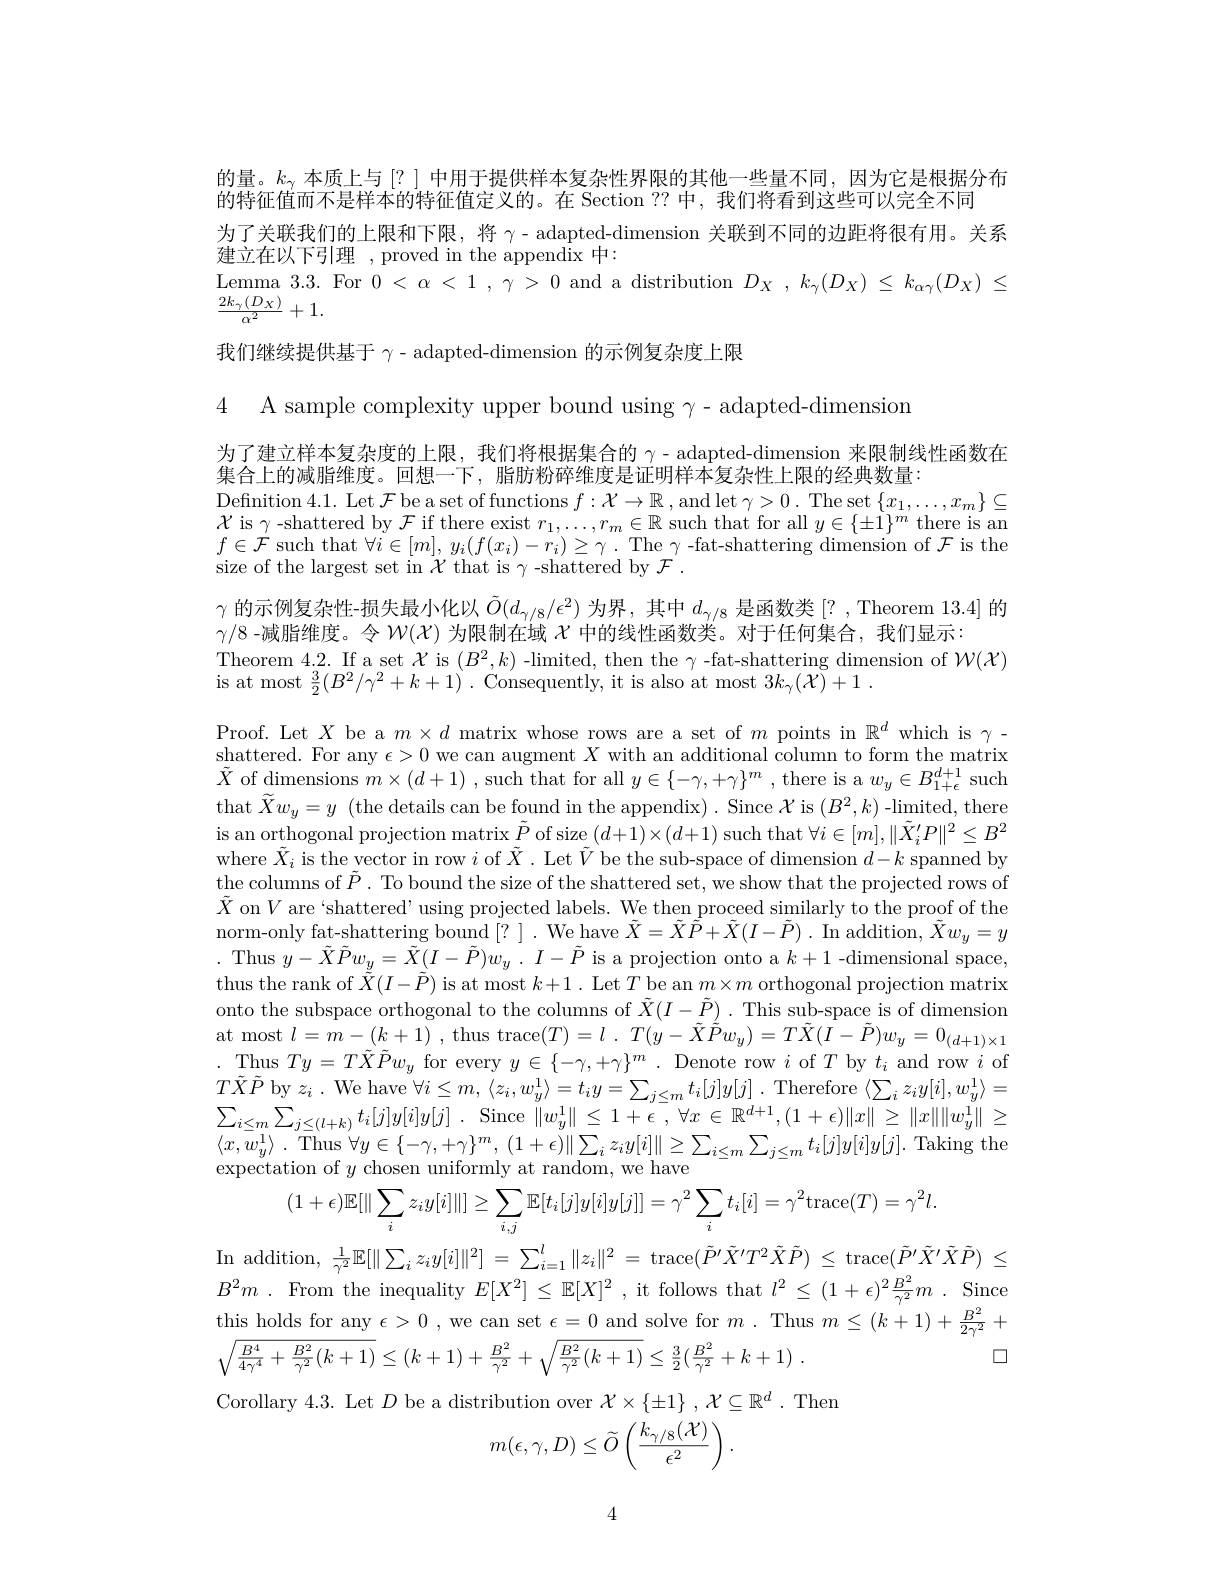
的量。$k_\gamma$本质上与[?] 中用于提供样本复杂性界限的其他一些量不同，因为它是根据分布
的特征值而不是样本的特征值定义的。在 Section ?? 中，我们将看到这些可以完全不同
为了关联我们的上限和下限，将$\gamma$- adapted-dimension 关联到不同的边距将很有用。关系
建立在以下引理，proved in the appendix 中：
Lemma 3.3. For $0<\alpha<1,\gamma>0$ and a distribution $D_X,k_\gamma(D_X)\leq k_{\alpha\gamma}(D_X)\leq$
$\frac{2k_\gamma(D_X)}{\alpha^2}+1.$
我们继续提供基于$\gamma$- adapted-dimension 的示例复杂度上限

4 A sample complexity upper bound using $\gamma-$adapted-dimension

为了建立样本复杂度的上限，我们将根据集合的$\gamma$ - adapted-dimension 来限制线性函数在
集合上的减脂维度。回想一下，脂肪粉碎维度是证明样本复杂性上限的经典数量：
Defnition 4.1. Let $\mathcal{F}$ be a set of functions $f:\mathcal{X}\to\mathbb{R}$, and let $\gamma>0.$ The set $\{x_1,\ldots,x_m\}\subseteq$ $\mathcal{X}$ is $\gamma$-shattered by $\mathcal{F}$ if there exist $r_1,\ldots,r_m\in\mathbb{R}$ such that for all $y\in\{\pm1\}^m$ there is an $f\in\mathcal{F}$ such that $\forall i\in[m],y_i(f(x_{i})-r_{i})\geq\gamma.$ The $\gamma$ -fat-shattering dimension of $\mathcal{F}$ is the size of the largest set in $\mathcal{X}$ that is $\gamma$-shattered by $\mathcal{F}.$
$\gamma$的示例复杂性-损失最小化以$\tilde{O}(d_{\gamma/8}/\epsilon^2)$为界，其中$d_\gamma/8$是函数类 [? , Theorem 13.4] 的
$\gamma/8$ -减脂维度。令$W(\mathcal{X})$为限制在域$\chi$中的线性函数类。对于任何集合，我们显示：
Theorem 4.2. If a set $\mathcal{X}$ is $(B^{2},k)$ -limited, then the $\gamma$ -fat-shattering dimension of $\mathcal W(\mathcal{X})$
is at most $\frac32(B^{2}/\gamma^{2}+k+1)$ . Consequently, it is also at most $3k_\gamma(X)+1.$

Proof. Let $X$ be a $m\times d$ matrix whose rows are a set of $m$ points in $\mathbb{R}^d$ which is $\gamma-$ $\underset{w}{\operatorname*{shattered.}}$ For any $\epsilon>0$ we can augment $X$ with an additional column to form the matrix $\tilde{X}$ of dimensions $m\times(d+1)$ , such that for all $y\in\{-\gamma,+\gamma\}^m$ , there is a $w_y\in B_1+\epsilon^{d+1}$ such that $\widetilde Xw_y=y$ (the details can be found in the appendix). Since $\mathcal{X}$ is $(B^2,k)$ -limited, there is an orthogonal projection matrix $\tilde{P}$ of size $(d+1)\times(d+1)$ such that $\forall i\in[m],\|\tilde{X}_i^{\prime}P\|^2\leq B^2$ where $\tilde{X}_i$ is the vector in row $i$ of $\tilde{X}.$ Let $\tilde{V}$ be the sub-space of dimension $d-k$ spanned by $\dot{\text{the columns of }\tilde{P}}.$ To bound the size of the shattered set, we show that the projected rows of $\tilde{X}$ on$V$ are `shattered' using projected labels. We then proceed similarly to the proof of the norm-only fat-shattering bound[?]. We have $\tilde{X}=\tilde{X}\tilde{P}+\tilde{X}(I-\tilde{P}).$ In addition, $\tilde{X}w_y=y$ . Thus $y- \tilde{X} \tilde{P} w_{\underline {y}}= \tilde{X} ( I- \tilde{P} ) w_{y}$ . $I- \tilde{P}$ is a projection onto a $k+1$ -dimensional space, thus the rank of $\tilde{\tilde{X}}(I-\tilde{P})$ is at most $k+1.$ Let $T$ be an $m\times m$ orthogonal projection matrix onto the subspace orthogonal to the columns of $\tilde{X}(I-\tilde{P}).$ This sub-space is of dimension at most $l= \tilde{m} - ( k+ 1)$ , thus trace$( T) = l$ . $T( y- \tilde{X} \tilde{\tilde{P} } w_{y}) = T\tilde{X} ( \tilde{I} - \tilde{P} ) w_{y}= 0_{( d+ 1) \times 1}$ .Thus $Ty=T\tilde{X}\tilde{P}w_{y}$ for every $y\in\{-\gamma,+\gamma\}^m.$ Denote row $i$ of $T$ by $t_i$ and row $i$ of $T\tilde{X}\tilde{P}$ by $z_i.$ We have $\forall i\leq m,\langle z_i,w_y^{1}\rangle=t_iy=\sum_{j\leq m}t_i[j]y[j].$ Therefore $\langle\sum_iz_iy[i],w_y^{1}\rangle=$ $\sum _{i\leq m}\sum _{j\leq ( l+ k) }t_{i}[ j] y[ i] y[ j]$ . Since $\| w_y^{1}\| \leq 1+ \epsilon$ $, \forall x\in \mathbb{R} ^{d+ 1}, ( 1+ \epsilon ) \| x\| \geq \| x\| \| w_y^{1}\| \geq$ $\langle x, \bar{w} _{y}^{1}\rangle$ . Thus $\forall y\in \{ - \gamma , + \gamma \} ^{m}$, $( 1+ \epsilon ) \| \sum _{i}z_{i}y[ i] \| \geq \sum _{i\leq m}\sum _{j\leq m}t_{i}[ j] y[ i] y[ j] .$ Taking the expectation of $y$ chosen uniformly at random, we have
$$(1+\epsilon)\mathbb{E}[\|\sum_{i}z_{i}y[i]\|]\geq\sum_{i,j}\mathbb{E}[t_{i}[j]y[i]y[j]]=\gamma^{2}\sum_{i}t_{i}[i]=\gamma^{2}\mathrm{trace}(T)=\gamma^{2}l.$$
In addition, $\frac1{\gamma^2}\mathbb{E}[\|\sum_iz_iy[i]\|^2]=\sum_{i=1}^l\|z_i\|^2=$ trace$(\tilde{P}^\prime\tilde{X}^\prime T^2\tilde{X}\tilde{P})\leq$ trace$(\tilde{P}^\prime\tilde{X}^\prime\tilde{X}\tilde{P})\leq$

$B^2m$ . From the inequality $E[ X^2]$ $\leq$ $\mathbb{E} [ X] ^2$ , it follows that $l^2\leq ( 1+ \epsilon ) ^2\frac {B^2}{\gamma ^2}m$ . Since this holds for any $\epsilon>0$ , we can set $\epsilon=0$ and solve for $m.$ Thus $m\leq(k+1)+\frac{B^{2}}{2\gamma^{2}}+$
$\square$
$$\sqrt{\frac{B^4}{4\gamma^4}+\frac{B^2}{\gamma^2}(k+1)}\leq(k+1)+\frac{B^2}{\gamma^2}+\sqrt{\frac{B^2}{\gamma^2}(k+1)}\leq\frac{3}{2}(\frac{B^2}{\gamma^2}+k+1)\:.$$
Corollary 4.3. Let $D$ be a distribution over $\mathcal{X}\times\{\pm1\},\mathcal{X}\subseteq\mathbb{R}^d.$ Them
$$m(\epsilon,\gamma,D)\leq\widetilde{O}\left(\frac{k_{\gamma/8}(\mathcal{X})}{\epsilon^{2}}\right).$$
4